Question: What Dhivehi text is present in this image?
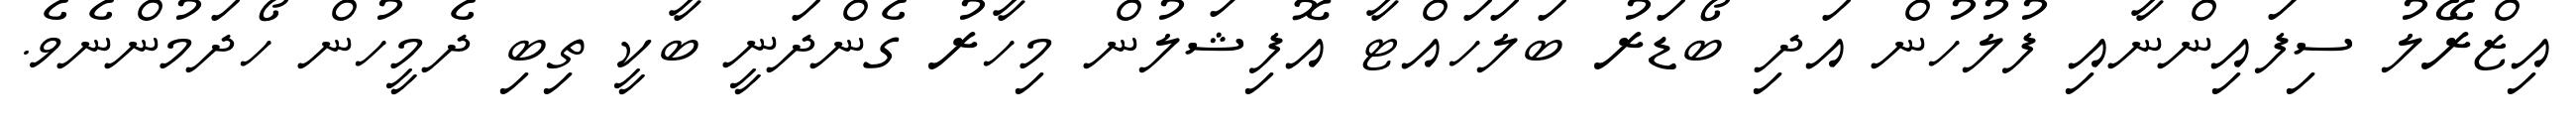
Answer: އިޒްރޭލު ސިފައިންނާއި ފުލުހުން އަދި ބޯޑަރު ބަލަހައްޓާ އޮފިޝަލުން މިހާރު ގެންދަނީ ބާކީ ތިބި ދެމީހުން ހޯދަމުންނެވެ.